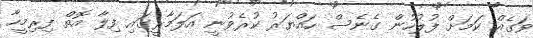
ވަގެއް ކަމަށް ފުލުހުން ގެނެސް ހައްޔަރު ކުރެވުނީ އަލަމާރީގައި ފިލާ އޮތް ފިރިމީހާ